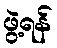
ဖွဲ့ရန်